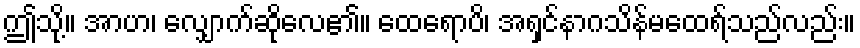
ဤသို့။ အာဟ၊ လျှောက်ဆိုလေ၏။ ထေရောပိ၊ အရှင်နာဂသိန်မထေရ်သည်လည်း။